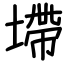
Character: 墆